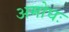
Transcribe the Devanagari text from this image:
अमोघः